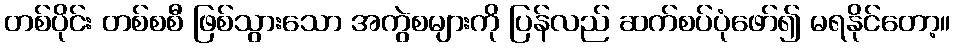
တစ်ပိုင်း တစ်စစီ ဖြစ်သွားသော အကွဲစများကို ပြန်လည် ဆက်စပ်ပုံဖော်၍ မရနိုင်တော့။